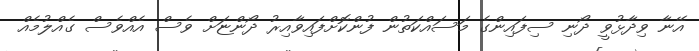
އޭނާ ވިދާޅުވީ ދޯނި ސިފައިންގެ މަސައްކަތުން ފުންކޮށްފައިވާއިރު ދޯންޏަށް ވެސް އެއްވެސް ގެއްލުމެއް